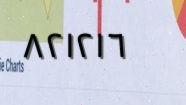
٨٢١٢١٦